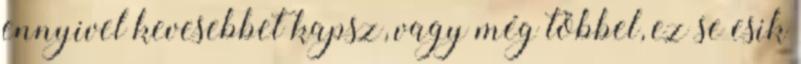
ennyivel kevesebbet kapsz, vagy még többel, ez se esik